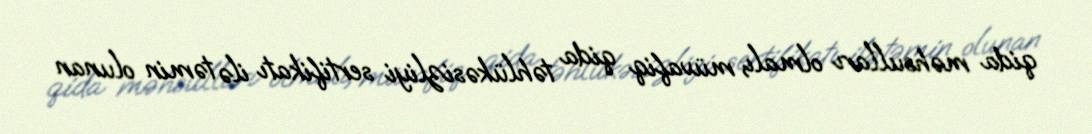
qida məhsulları olmalı, müvafiq qida təhlükəsizliyi sertifikatı ilə təmin olunan